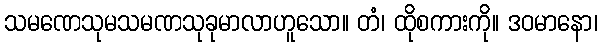
သမဏေသုမသမဏသုခုမာလာဟူသော။ တံ၊ ထိုစကားကို။ ဒဝမာနော၊